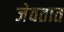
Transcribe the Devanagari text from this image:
जेवतात